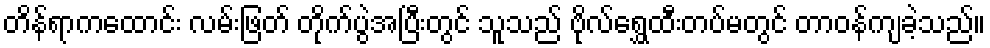
တိန်ရာကထောင်း လမ်းဖြတ် တိုက်ပွဲအပြီးတွင် သူသည် ဗိုလ်ရွှေထီးတပ်မတွင် တာဝန်ကျခဲ့သည်။